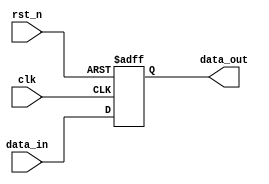
module edge_sensitive_register (
    input wire clk,          // Clock input
    input wire rst_n,       // Active-low reset
    input wire [7:0] data_in, // 8-bit data input
    output reg [7:0] data_out // 8-bit data output
);

// Always block sensitive to the positive edge of the clock and the negative edge of reset
always @(posedge clk or negedge rst_n) begin
    if (!rst_n) begin
        // Initialization logic - reset the output to 0
        data_out <= 8'b0;
    end else begin
        // State update logic - store input data on the rising edge of clk
        data_out <= data_in;
    end
end

endmodule